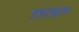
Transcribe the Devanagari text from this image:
११२१६१०